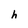
Character: h